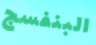
البنفسج